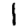
Digit: 1